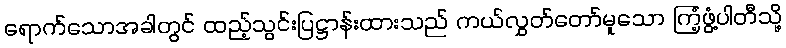
ရောက်သောအခါတွင် ထည့်သွင်းပြဋ္ဌာန်းထားသည် ကယ်လွှတ်တော်မူသော ကြံ့ဖွံ့ပါတီသို့